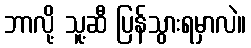
ဘာလို့ သူ့ဆီ ပြန်သွားရမှာလဲ။